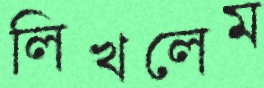
লিখলেম